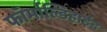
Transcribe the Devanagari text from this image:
फॉर्माल्डिहाईड